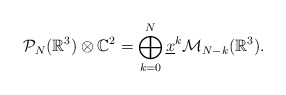
\begin{align*} \mathcal{P}_{N}(\mathbb{R}^3)\otimes \mathbb{C}^2=\bigoplus_{k=0}^{N}\underline{x}^{k}\mathcal{M}_{N-k}(\mathbb{R}^3).\end{align*}